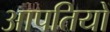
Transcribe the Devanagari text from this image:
आपतियों